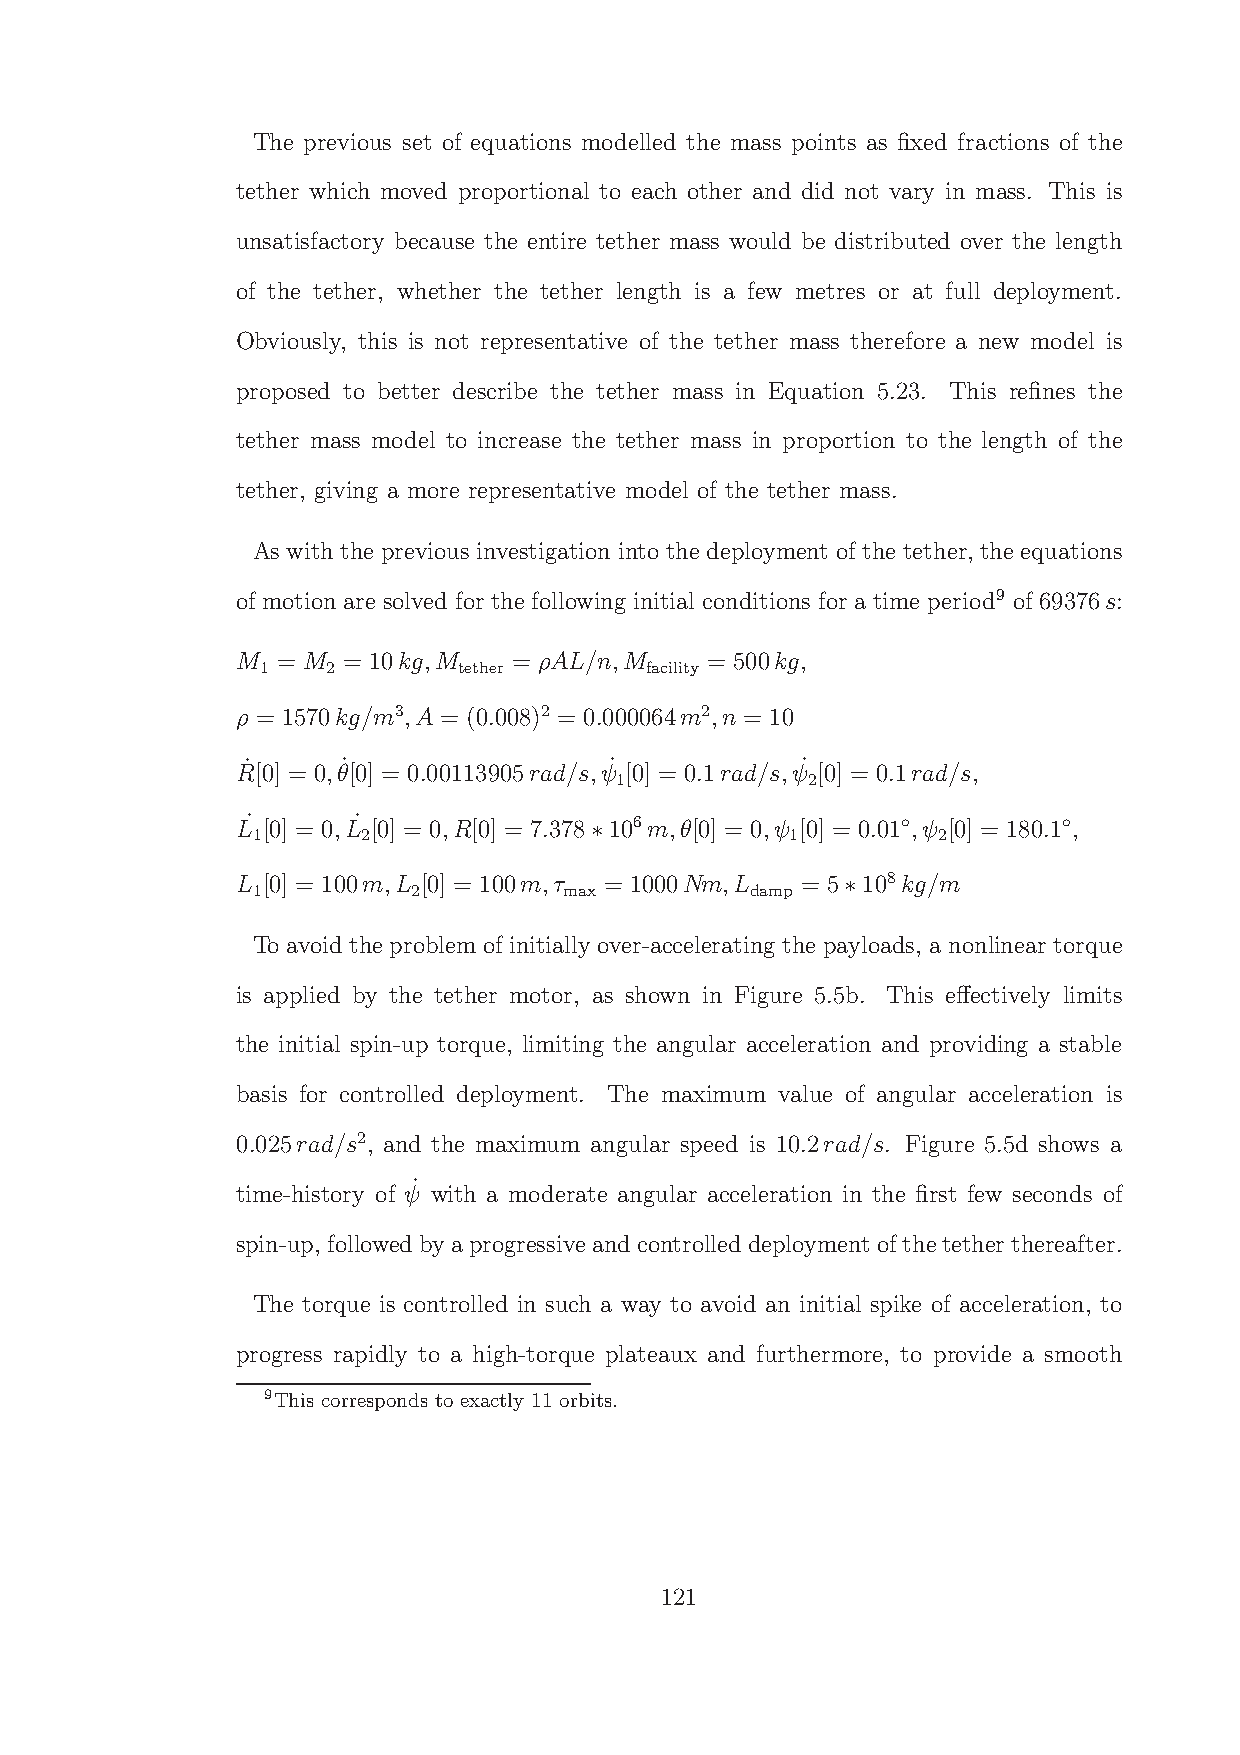
The previous set of equations modelled the mass points as fixed fractions of the
 tether which moved proportional to each other and did not vary in mass. This is
 unsatisfactory because the entire tether mass would be distributed over the length
 of the tether, whether the tether length is a few metres or at full deployment.
 Obviously, this is not representative of the tether mass therefore a new model is
 proposed to better describe the tether mass in Equation 5.23. This refines the
 tether mass model to increase the tether mass in proportion to the length of the
 tether, giving a more representative model of the tether mass.
 As with the previous investigation into the deployment of the tether, the equations
 of motion are solved for the following initial conditions for a time period9 of 69376s:
 M = M  = 10kg,M   = ρAL/n,M    = 500kg,
 1    2       tether       facility
 ρ = 1570kg/m3,A = (0.008)2 = 0.000064m2,n = 10
 R˙[0] = 0,θ˙ [0] = 0.00113905rad/s,ψ˙ [0] = 0.1rad/s,ψ˙ [0] = 0.1rad/s,
 1           2
 L˙ [0] = 0,L˙ [0] = 0,R[0] = 7.378 106m,θ[0] = 0,ψ [0] = 0.01◦ ,ψ [0] = 180.1◦ ,
 1      2                           1         2
 ∗
 L [0] = 100m,L [0] = 100m,τ = 1000Nm,L = 5 108kg/m
 1         2         max          damp
 ∗
 To avoid the problem of initially over-accelerating the payloads, a nonlinear torque
 is applied by the tether motor, as shown in Figure 5.5b. This effectively limits
 the initial spin-up torque, limiting the angular acceleration and providing a stable
 basis for controlled deployment. The maximum value of angular acceleration is
 0.025rad/s2, and the maximum angular speed is 10.2rad/s. Figure 5.5d shows a
 ˙
 time-history of ψ with a moderate angular acceleration in the first few seconds of
 spin-up, followedbyaprogressive andcontrolleddeployment ofthetether thereafter.
 The torque is controlled in such a way to avoid an initial spike of acceleration, to
 progress rapidly to a high-torque plateaux and furthermore, to provide a smooth
 9This corresponds to exactly 11 orbits.
 121